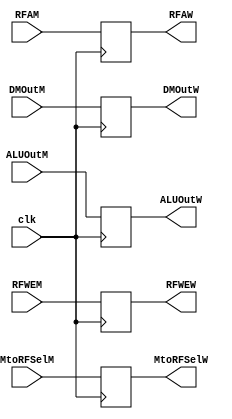
module MtWReg  (clk,
                RFWEM, MtoRFSelM, DMOutM, ALUOutM, RFAM,
                RFWEW, MtoRFSelW, DMOutW, ALUOutW, RFAW);
    input   clk, RFWEM, MtoRFSelM;
    input   [4:0]RFAM;
    input   [31:0]DMOutM,ALUOutM;
    output  reg RFWEW, MtoRFSelW;
    output  reg [4:0]RFAW;
    output  reg [31:0]DMOutW,ALUOutW;
    
    initial begin
        RFWEW = 0;
        MtoRFSelW = 0;
        RFAW = 0;
        DMOutW= 0;
        ALUOutW = 0;
    end
    always@(posedge clk) begin
        RFWEW = RFWEM;
        MtoRFSelW = MtoRFSelM;
        RFAW = RFAM;
        DMOutW= DMOutM;
        ALUOutW = ALUOutM;
    end
endmodule